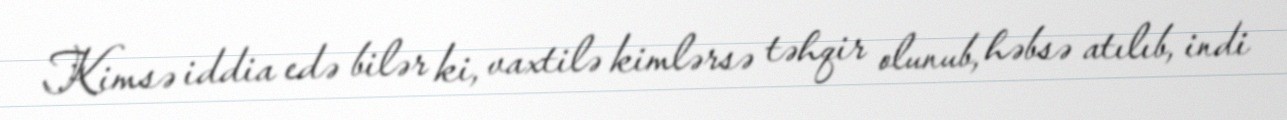
Kimsə iddia edə bilər ki, vaxtilə kimlərsə təhqir olunub, həbsə atılıb, indi